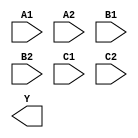
module sky130_fd_sc_ms__a222oi (
    //# {{data|Data Signals}}
    input  A1,
    input  A2,
    input  B1,
    input  B2,
    input  C1,
    input  C2,
    output Y
);

    // Voltage supply signals
    supply1 VPWR;
    supply0 VGND;
    supply1 VPB ;
    supply0 VNB ;

endmodule